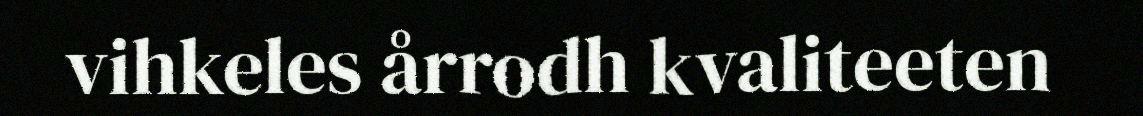
vihkeles årrodh kvaliteeten